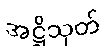
အဋ္ဌိသုတ်